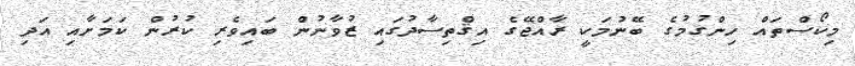
މިކޯސްތައް ހިންގުމުގެ ބޭނުމަކީ ރާއްޖޭގެ އިޤްތިސާދުގައި ޒުވާނުން ބައިވެރި ކުރުން ކަމަށާއި އަދި